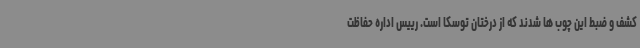
کشف و ضبط این چوب ها شدند که از درختان توسکا است. رییس اداره حفاظت